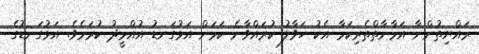
ރައްޔިތުންނާ އަމާނާތްތެރިކަމާ އެކު ހަވާލު ކުރައްވާނެ ކަމަށް އަޅުގަނޑު އުއްމީދު ކުރަމެވެ. އަޅުގަނޑުގެ